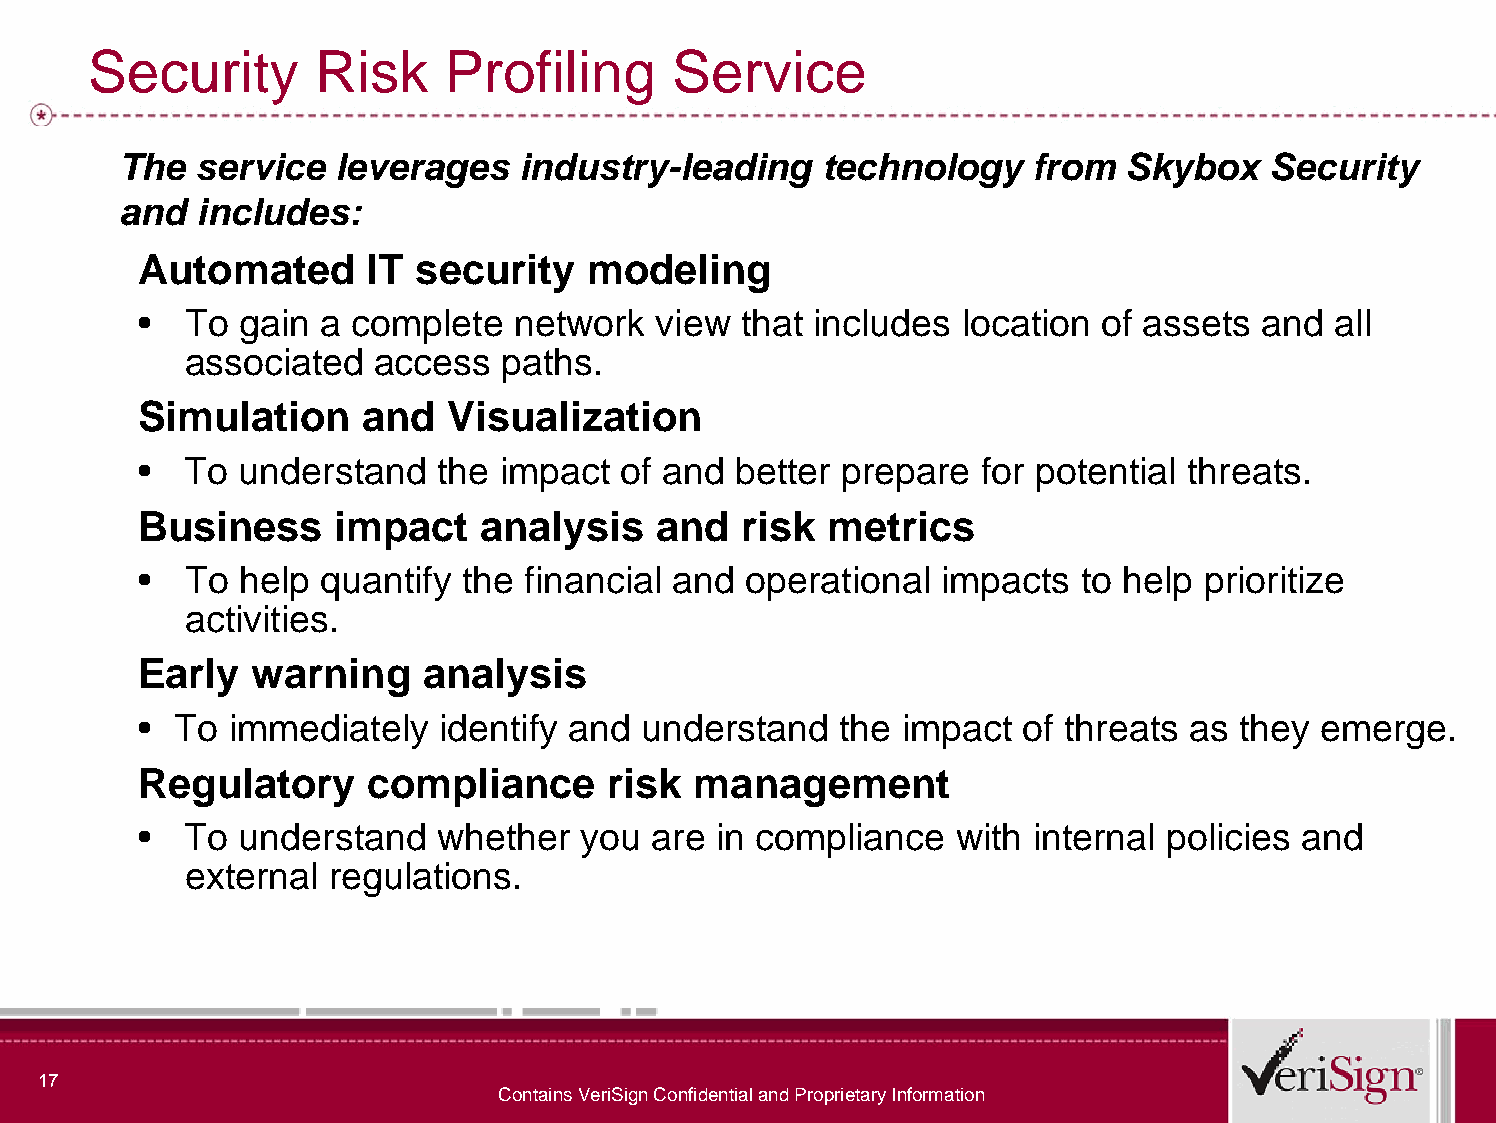
Security       Risk     Profiling      Service
 The   service  leverages   industry-leading    technology    from  Skybox    Security
 and   includes:
 Automated      IT security   modeling
 •  To gain  a complete   network  view  that includes location of assets  and  all
 associated  access   paths.
 Simulation     and  Visualization
 •  To understand   the  impact  of and better prepare  for potential threats.
 Business     impact   analysis    and   risk metrics
 •  To help  quantify the financial and  operational  impacts  to help prioritize
 activities.
 Early  warning     analysis
 • To  immediately   identify and understand   the impact  of threats as  they emerge.
 Regulatory     compliance      risk management
 •  To understand   whether   you  are in compliance   with internal policies and
 external regulations.
 17
 Contains VeriSign Confidential and Proprietary Information